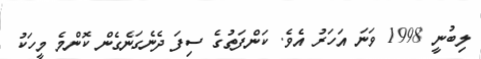
ލިބުނީ 1998 ވަނަ އަހަރު އެވެ. ކަންފަތުގެ ސިފަ ދެނެގަނެގެން ކޮންމެ މީހަކު